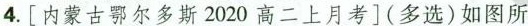
4.[内蒙古鄂尔多斯2020高二上月考](多选)如图所